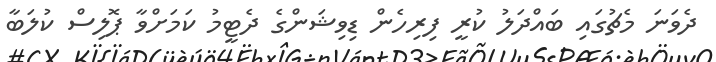
ދެވަނަ މެޗުގައި ބައްދަލު ކުރީ ފިރިހެން ޑިވިޝަންގެ ދެޓީމު ކަމަށްވާ ޕޮލިސް ކުލަބާ